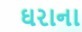
ઘરાના